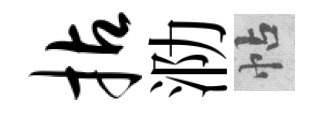
拈泐帖